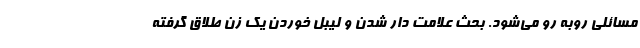
مسائلی روبه رو می‌شود. بحث علامت دار شدن و لیبل خوردن یک زن طلاق گرفته